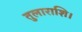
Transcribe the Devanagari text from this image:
तुलाराशि।